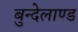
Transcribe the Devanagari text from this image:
बुन्देलाण्ड